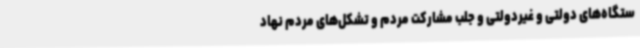
ستگاه‌های دولتی و غیردولتی و جلب مشارکت مردم و تشکل‌های مردم نهاد